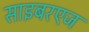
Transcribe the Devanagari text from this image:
साइबरएज